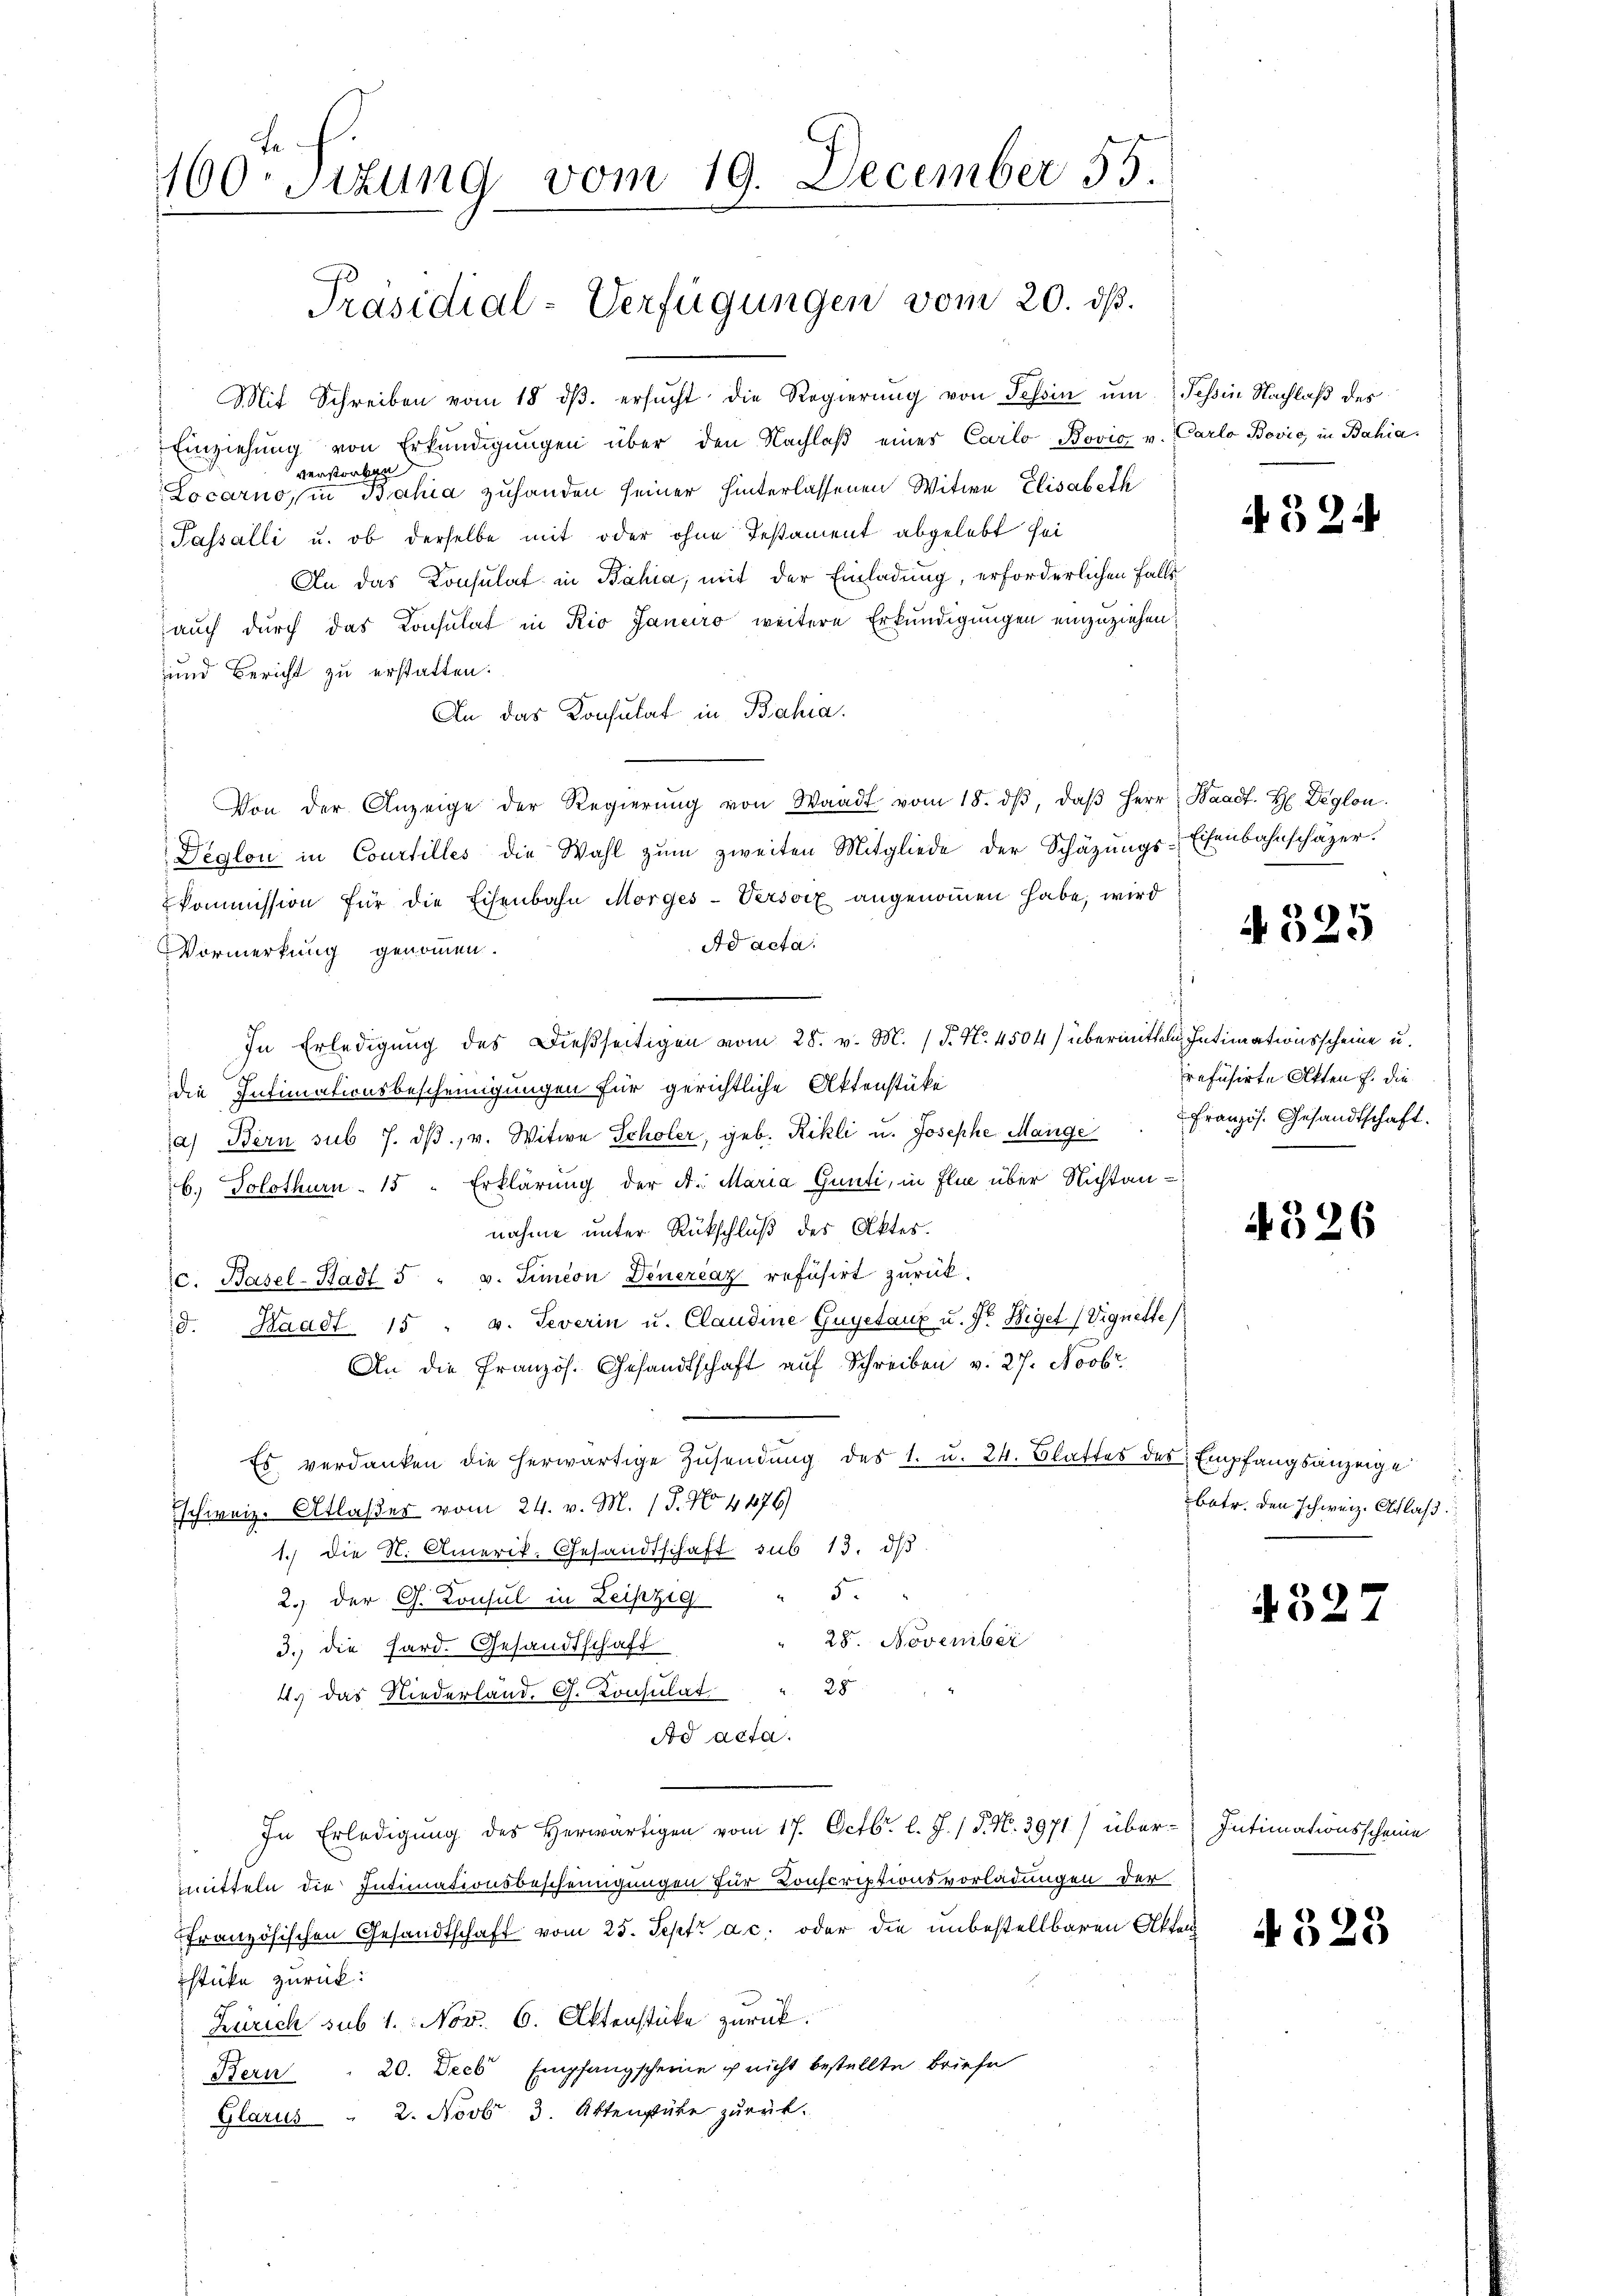
160. Sitzung vom 19. December 55.

Mit Schreiben vom 18. dβ. ersŭcht die Regierung von Tessin um Tessin Nachlaß des
Einziehung von Erkundigungen über den Nachlaβ eines Carlo Bović v. Carlo Bović in Bahia
verstorben
Locarno, in Bahia zuhanden seiner hinterlassenen Witwe Elisabeth
Passalli u. ob derselbe mit oder ohne Testament abgelebt sei
An das Consulat in Bahia, mit der Einladung, erforderlichen Falle
auch durch das Konsulat in Rio Janeiro weitere Erkundigungen einzuziehen
und Bericht zu erstatten.
An das Konsulat in Bahia.
Von der Anzeige der Regierŭng von Waadt vom 18. dβ, daβ Herr Waadt. H. Deglon
Deglon in Courtilles die Wahl zŭm zweiten Mitgliede der Schäzŭngs-Eisenbahnschäzer.
kommission für die Eisenbahn Morges-Versorz angenoṁen habe, wird
Ad acta.
Vormerkung genommen.
In Erledigung des Dießseitigen vom 28. v. M. (T. No. 4504) übermitteln Intimationsscheine u.
die Intimationsbescheinigungen für gerichtliche Aktenstüke
a) Bern sub 7. dβ, v. Witwe Scholer, geb. Rikli u. Josephe Mange. Französ. Gesandtschaft.
b.) Solothurn 15 " Erklärung der A. Maria Gunti, in Elie über Nichtan-
nahme unter Rückschluß des Aktes.
c. Basel-Stadt 5 " v. Simeon Deuercaz refusirt zurück.
d. Waadt 15 " v. Severin u. Claudine Gugetanz u. fr. Wiget (Vignette
An die Französ. Gesandtschaft auf Schreiben v. 27. Novbr.
Es verdanken die herwärtige Zŭsendung des 1. u. 24. Blattes des Empfangsanzeige
schweiz. Atlasser vom 24. v. M. (T. No. 4476)
1.) Die N. Amerik- Gesandtschaft sub 13. dβ
5.
2.) der G. Consul in Leipzig
" 28. November
3.) Die Hard. Gesandtschaft
4. das Niederland. G. Konsulat " 28
Ad acta.
In Erledigung des Herwärtigen vom 17. Octbr. l. J. / P. N. 3971/ über-Intimationsscheine
mmitteln die Intimationsbescheinigungen für Konscriptionsvorladungen der
französischen Gesandtschaft vom 25. Sept. ac. oder die unbestellbaren Akten
stüke zurück:
Zürich sub 1. Nov. 6. Aktenstücke zurück.
Bern . 20. Decb Empfangscheine u nicht bestellte Briefe
Glarus " 2. Novbr 3. Aktengüte zurük¬

Präsidial-Verfügungen vom 20. ds.

324

525

refusirte Akten f. die

4326

batr. den schweiz. Schlaß

4327

4325